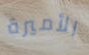
الأميرة